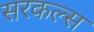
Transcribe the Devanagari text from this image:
सरकल्स